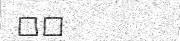
٢١